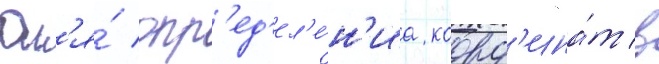
Дл'я́ опр'ед'ел'е́н'иа коорд'ина́т в